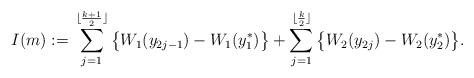
LaTeX: \begin{align*} I(m) :={}& \sum \limits_{j = 1}^{\lfloor\frac{k + 1}{2}\rfloor} \big\{ W_1(y_{2j - 1}) - W_1(y_1^*) \big\} + \sum \limits_{j = 1}^{\lfloor\frac{k}{2}\rfloor} \big\{ W_2(y_{2j}) - W_2(y_2^*) \big\}. \end{align*}